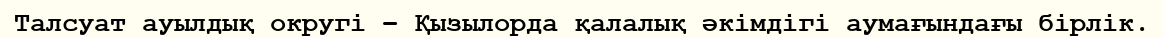
Талсуат ауылдық округі – Қызылорда қалалық әкімдігі аумағындағы бірлік.